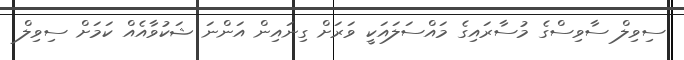
ސިވިލް ސާވިސްގެ މުސާރައިގެ މައްސަލައަކީ ވަރަށް ގިނައިން އަންނަ ޝަކުވާއެއް ކަމަށް ސިވިލް